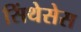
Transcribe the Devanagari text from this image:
सिंथेसेस